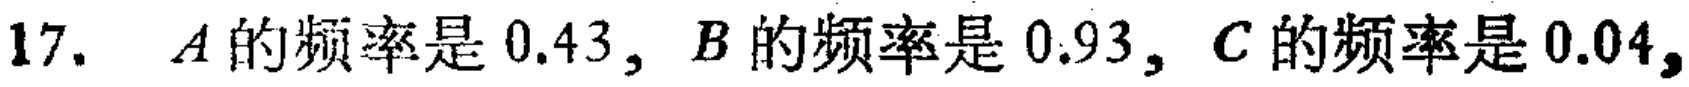
17. \(A\)的频率是 \(0.43\)，\(B\)的频率是 \(0.93\)，\(C\)的频率是 \(0.04\)，